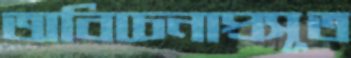
অবিচেনাপ্রসূত